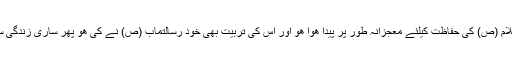
وجہ صاف ظاھر ھے جو پیغمبر اسلام (ص) کی حفاظت کیلئے معجزانہ طور پر پیدا ھوا ھو اور اس کی تربیت بھی خود رسالتمآب (ص) نے کی ھو پھر ساری زندگی سرورکائنات کے نام وقف کردی ھو۔